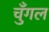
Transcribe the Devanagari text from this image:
चुँगल